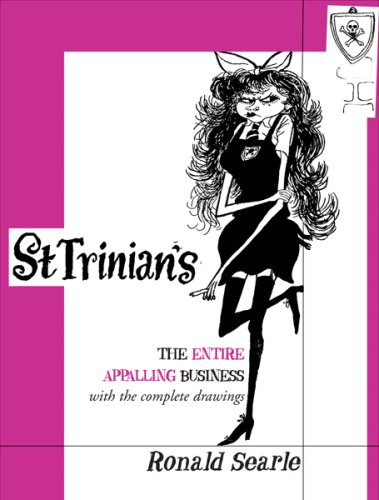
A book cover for St. Trinian's: The Entire Appalling Business; Ronald Searle; Humor & Entertainment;